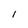
Character: l